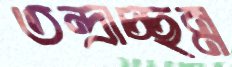
তন্দ্রাচ্ছন্ন